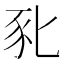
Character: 𰶤